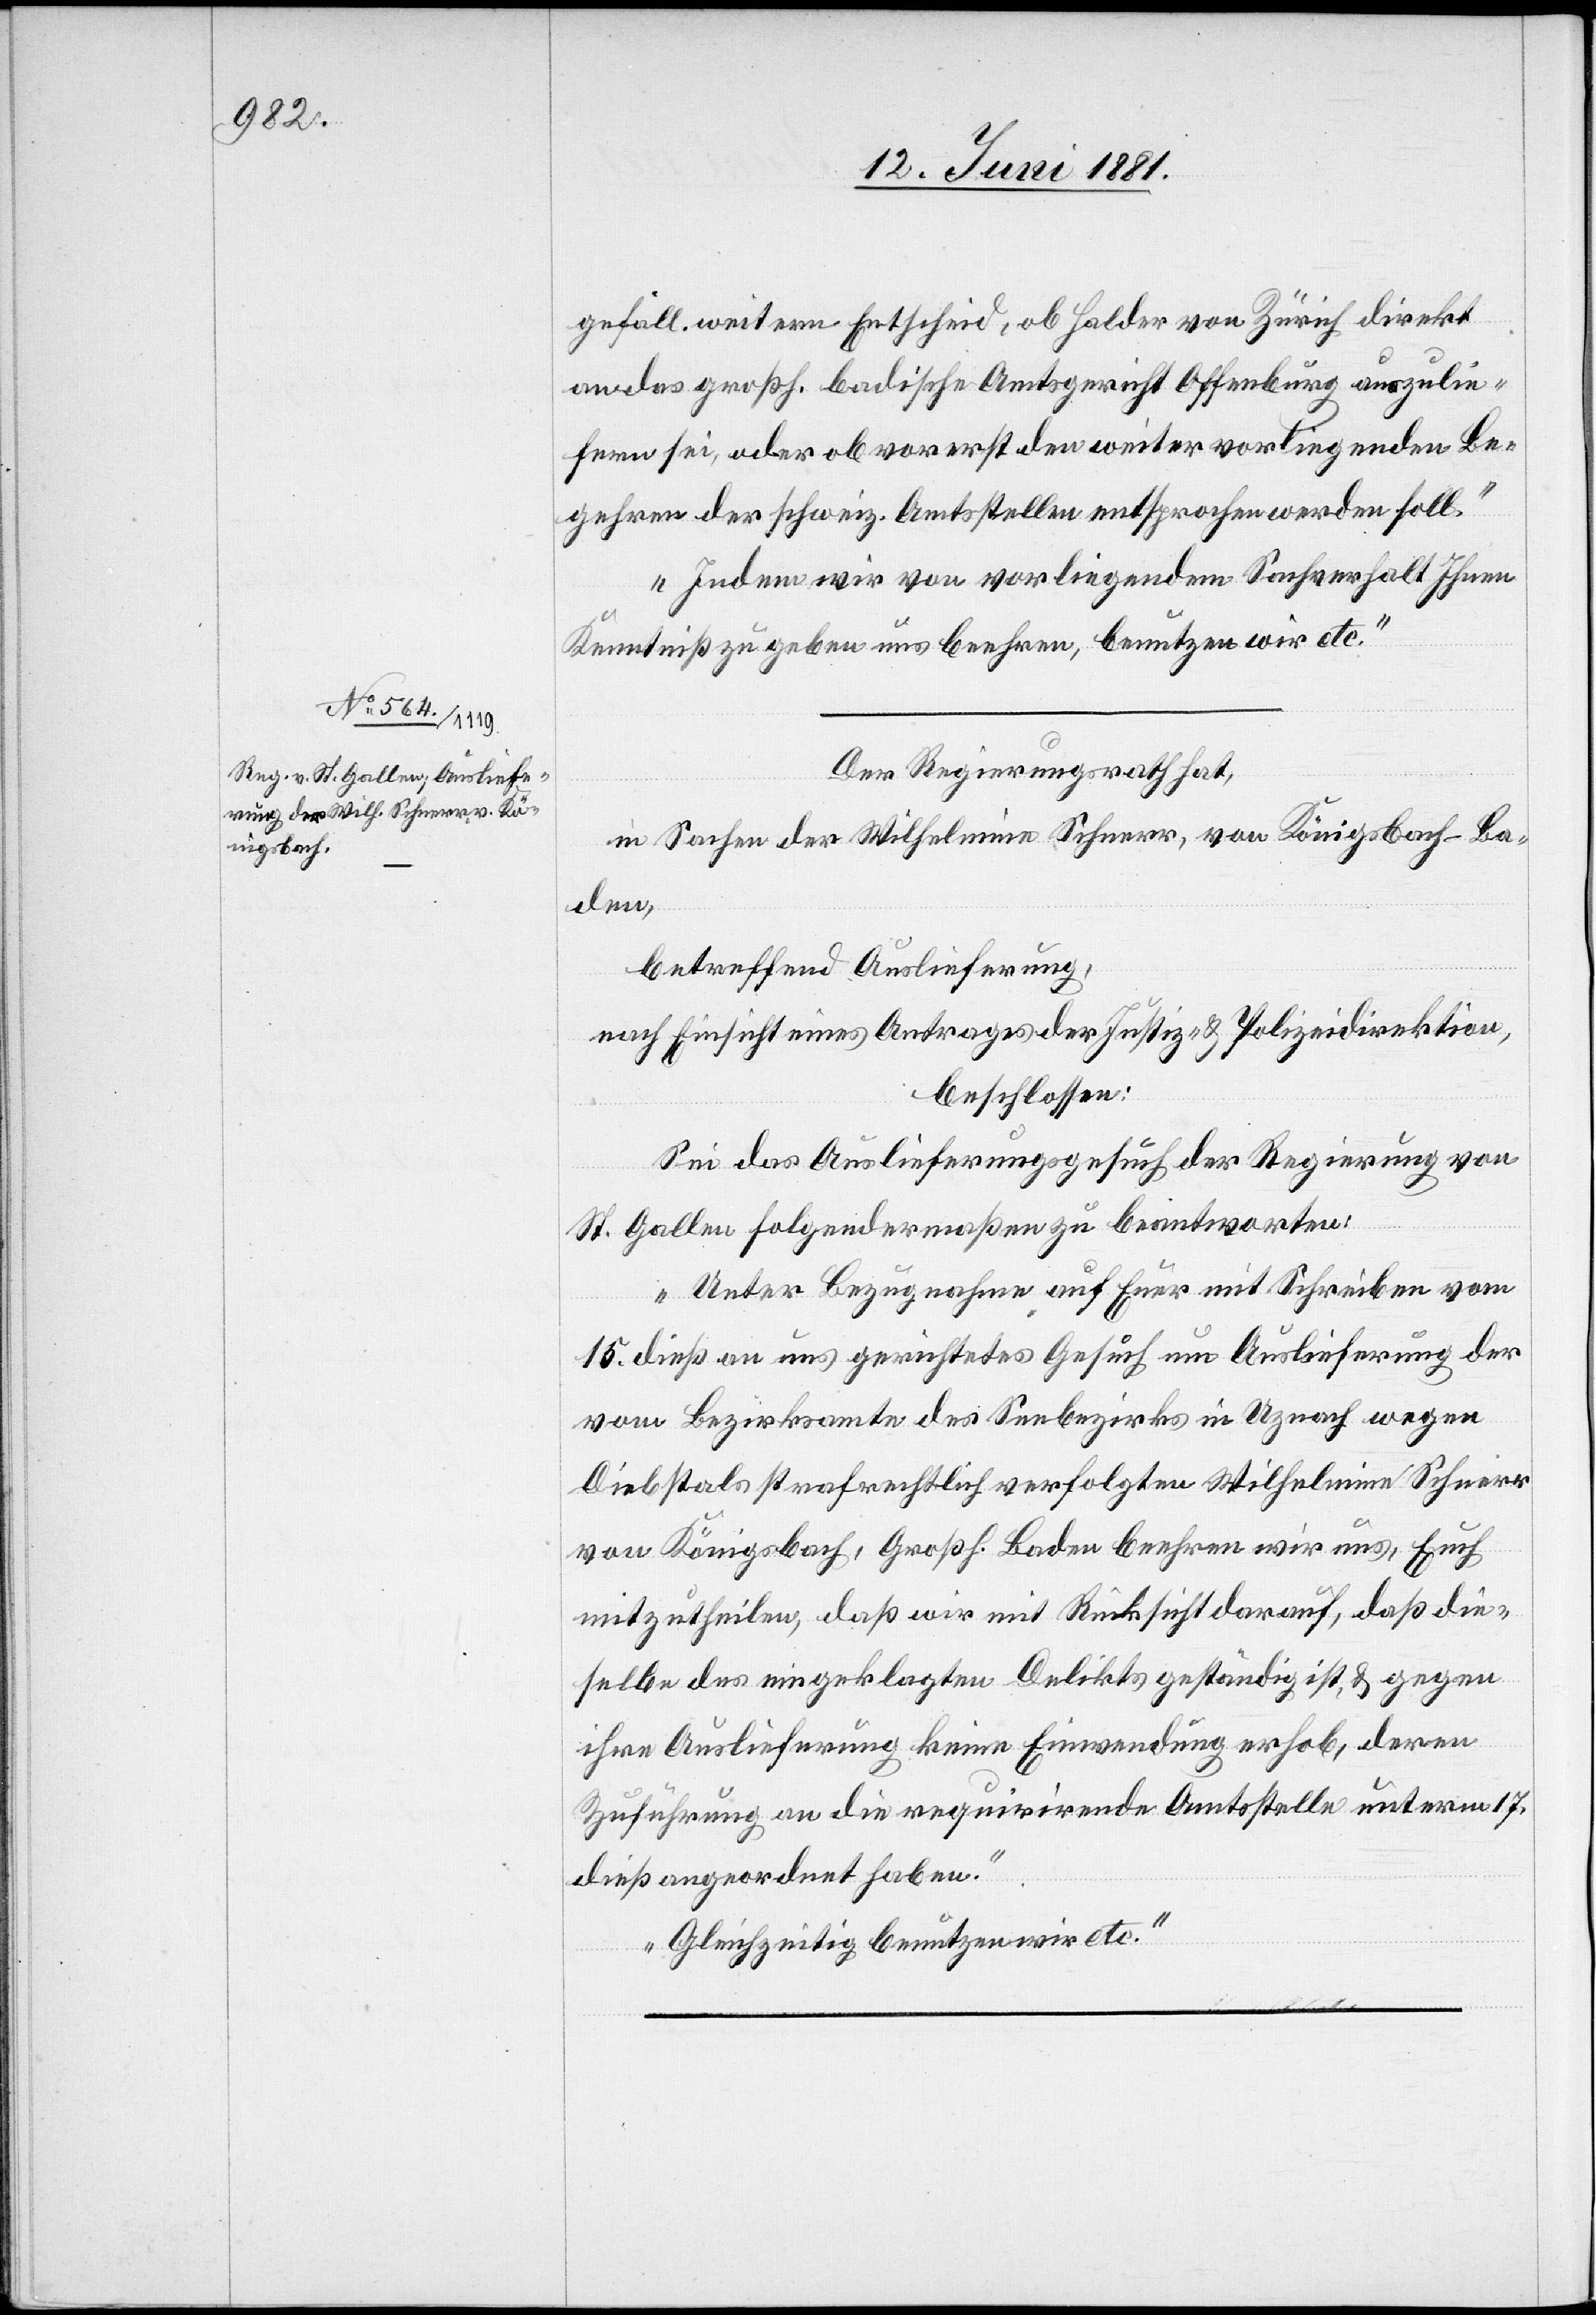
15. Juni 1881.]
gefäll. weitern Entscheid, ob Halder von Zürich direkt
an das großh. badische Amtsgericht Offenburg auszulie¬
fern sei, oder ob vorerst den weiter vorliegenden Be¬
gehren der schweiz. Amtsstellen entsprochen werden soll.
Indem wir von vorliegendem Sachverhalt Ihnen
Kenntniß zu geben uns beehren, benutzen wir etc.“
Der Regierungsrath hat,
in Sachen der Wilhelmine Schnerr, von Königsbach - Ba¬
den,
betreffend Auslieferung,
nach Einsicht eines Antrages der Justiz- & Polizeidirektion,
beschlossen:
Sei das Auslieferungsgesuch der Regierung von
St. Gallen folgendermaßen zu beantworten:
„Unter Bezugnahme auf Euer mit Schreiben vom
15. dieß an uns gerichtetes Gesuch um Auslieferung der
vom Bezirksamte des Seebezirks in Uznach wegen
Diebstahls strafrechtlich verfolgten Wilhelmine Schnerr
von Königsbach, Großh. Baden beehren wir uns, Euch
mitzutheilen, daß wir mit Rücksicht darauf, daß die
selbe des eingeklagten Delikts geständig ist, & gegen
ihre Auslieferung keine Einwendung erhob, deren
Zuführung an die requirirende Amtsstelle unterm 17.
dieß angeordnet haben.
Gleichzeitig benutzen wir etc.“